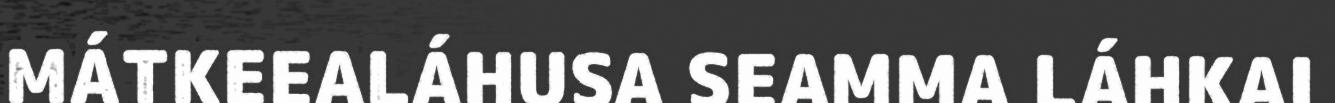
MÁTKEEALÁHUSA SEAMMA LÁHKAI